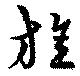
旌